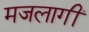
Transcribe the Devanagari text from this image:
मजलागीं